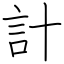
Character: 計